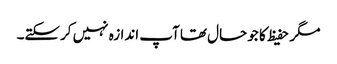
مگر حفیظ کا جو حال تھا آپ اندازہ نہیں کرسکتے۔